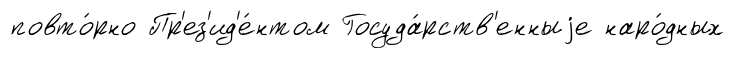
повто́рно Пр'ез'ид'е́нтом Госуда́рств'енныjе наро́дных